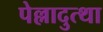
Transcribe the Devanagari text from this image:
पेल्लादुत्था